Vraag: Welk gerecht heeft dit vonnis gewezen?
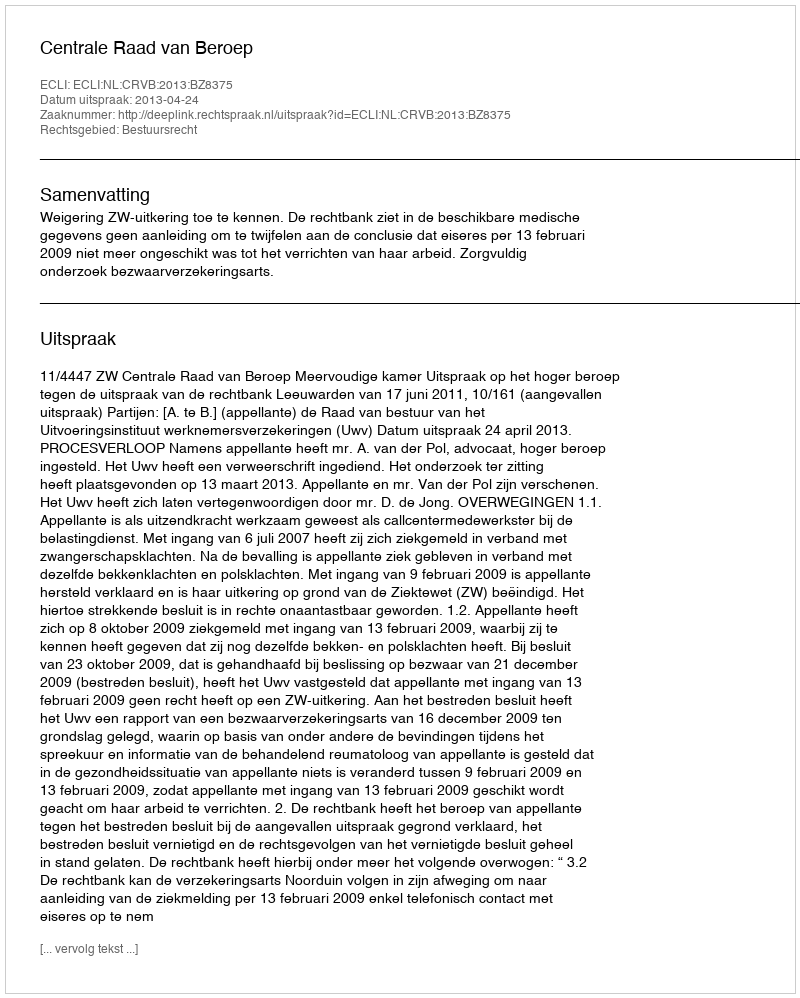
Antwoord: Centrale Raad van Beroep